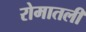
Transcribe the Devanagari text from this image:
रोमातली